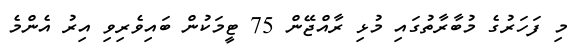
މި ފަހަރުގެ މުބާރާތުގައި މުޅި ރާއްޖޭން 75 ޓީމަކުން ބައިވެރިވި އިރު އެންމެ